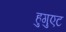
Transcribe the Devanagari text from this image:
हुगुएट